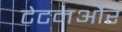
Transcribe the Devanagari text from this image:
टेटनऔर